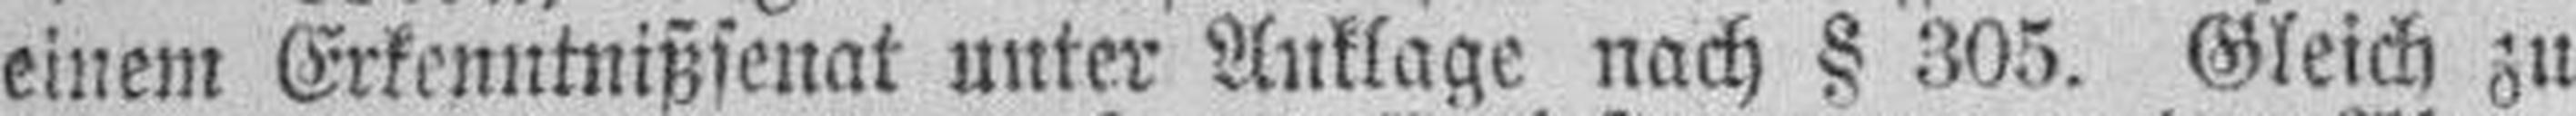
einem Erkenntnißsenat unter Anklage nach § 305. Gleich zu